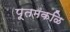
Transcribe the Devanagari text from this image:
पूतमकळि